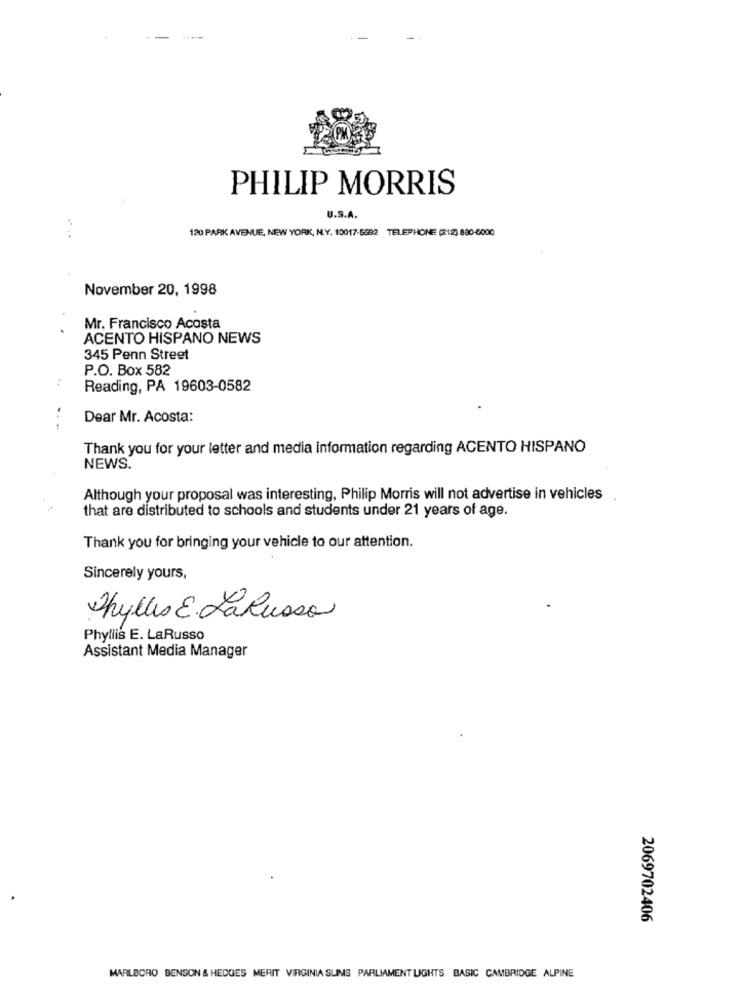
PHILIP MORRIS
J.S.A.
120 PARK AVENUE, NEW YORK, N.Y. 10017-5582 TELEPHONE (212) 880-6000
November 20, 1998
Mr. Francisco Acosta
ACENTO HISPANO NEWS
345 Penn Street
P.O. Box 582
Reading, PA 19603-0582
Dear Mr. Acosta:
...
Thank you for your letter and media information regarding ACENTO HISPANO
NEWS.
Although your proposal was interesting, Philip Morris will not advertise in vehicles
that are distributed to schools and students under 21 years of age.
Thank you for bringing your vehicle to our attention.
Sincerely yours,
Phyllis E. LaRussa
Phyllis E. LaRusso
Assistant Media Manager
2069702406
MARLBORO BENSON & HEDGES MERIT VIRGINIA SUMS PARLIAMENT LIGHTS BASIC CAMBRIDGE ALPINE